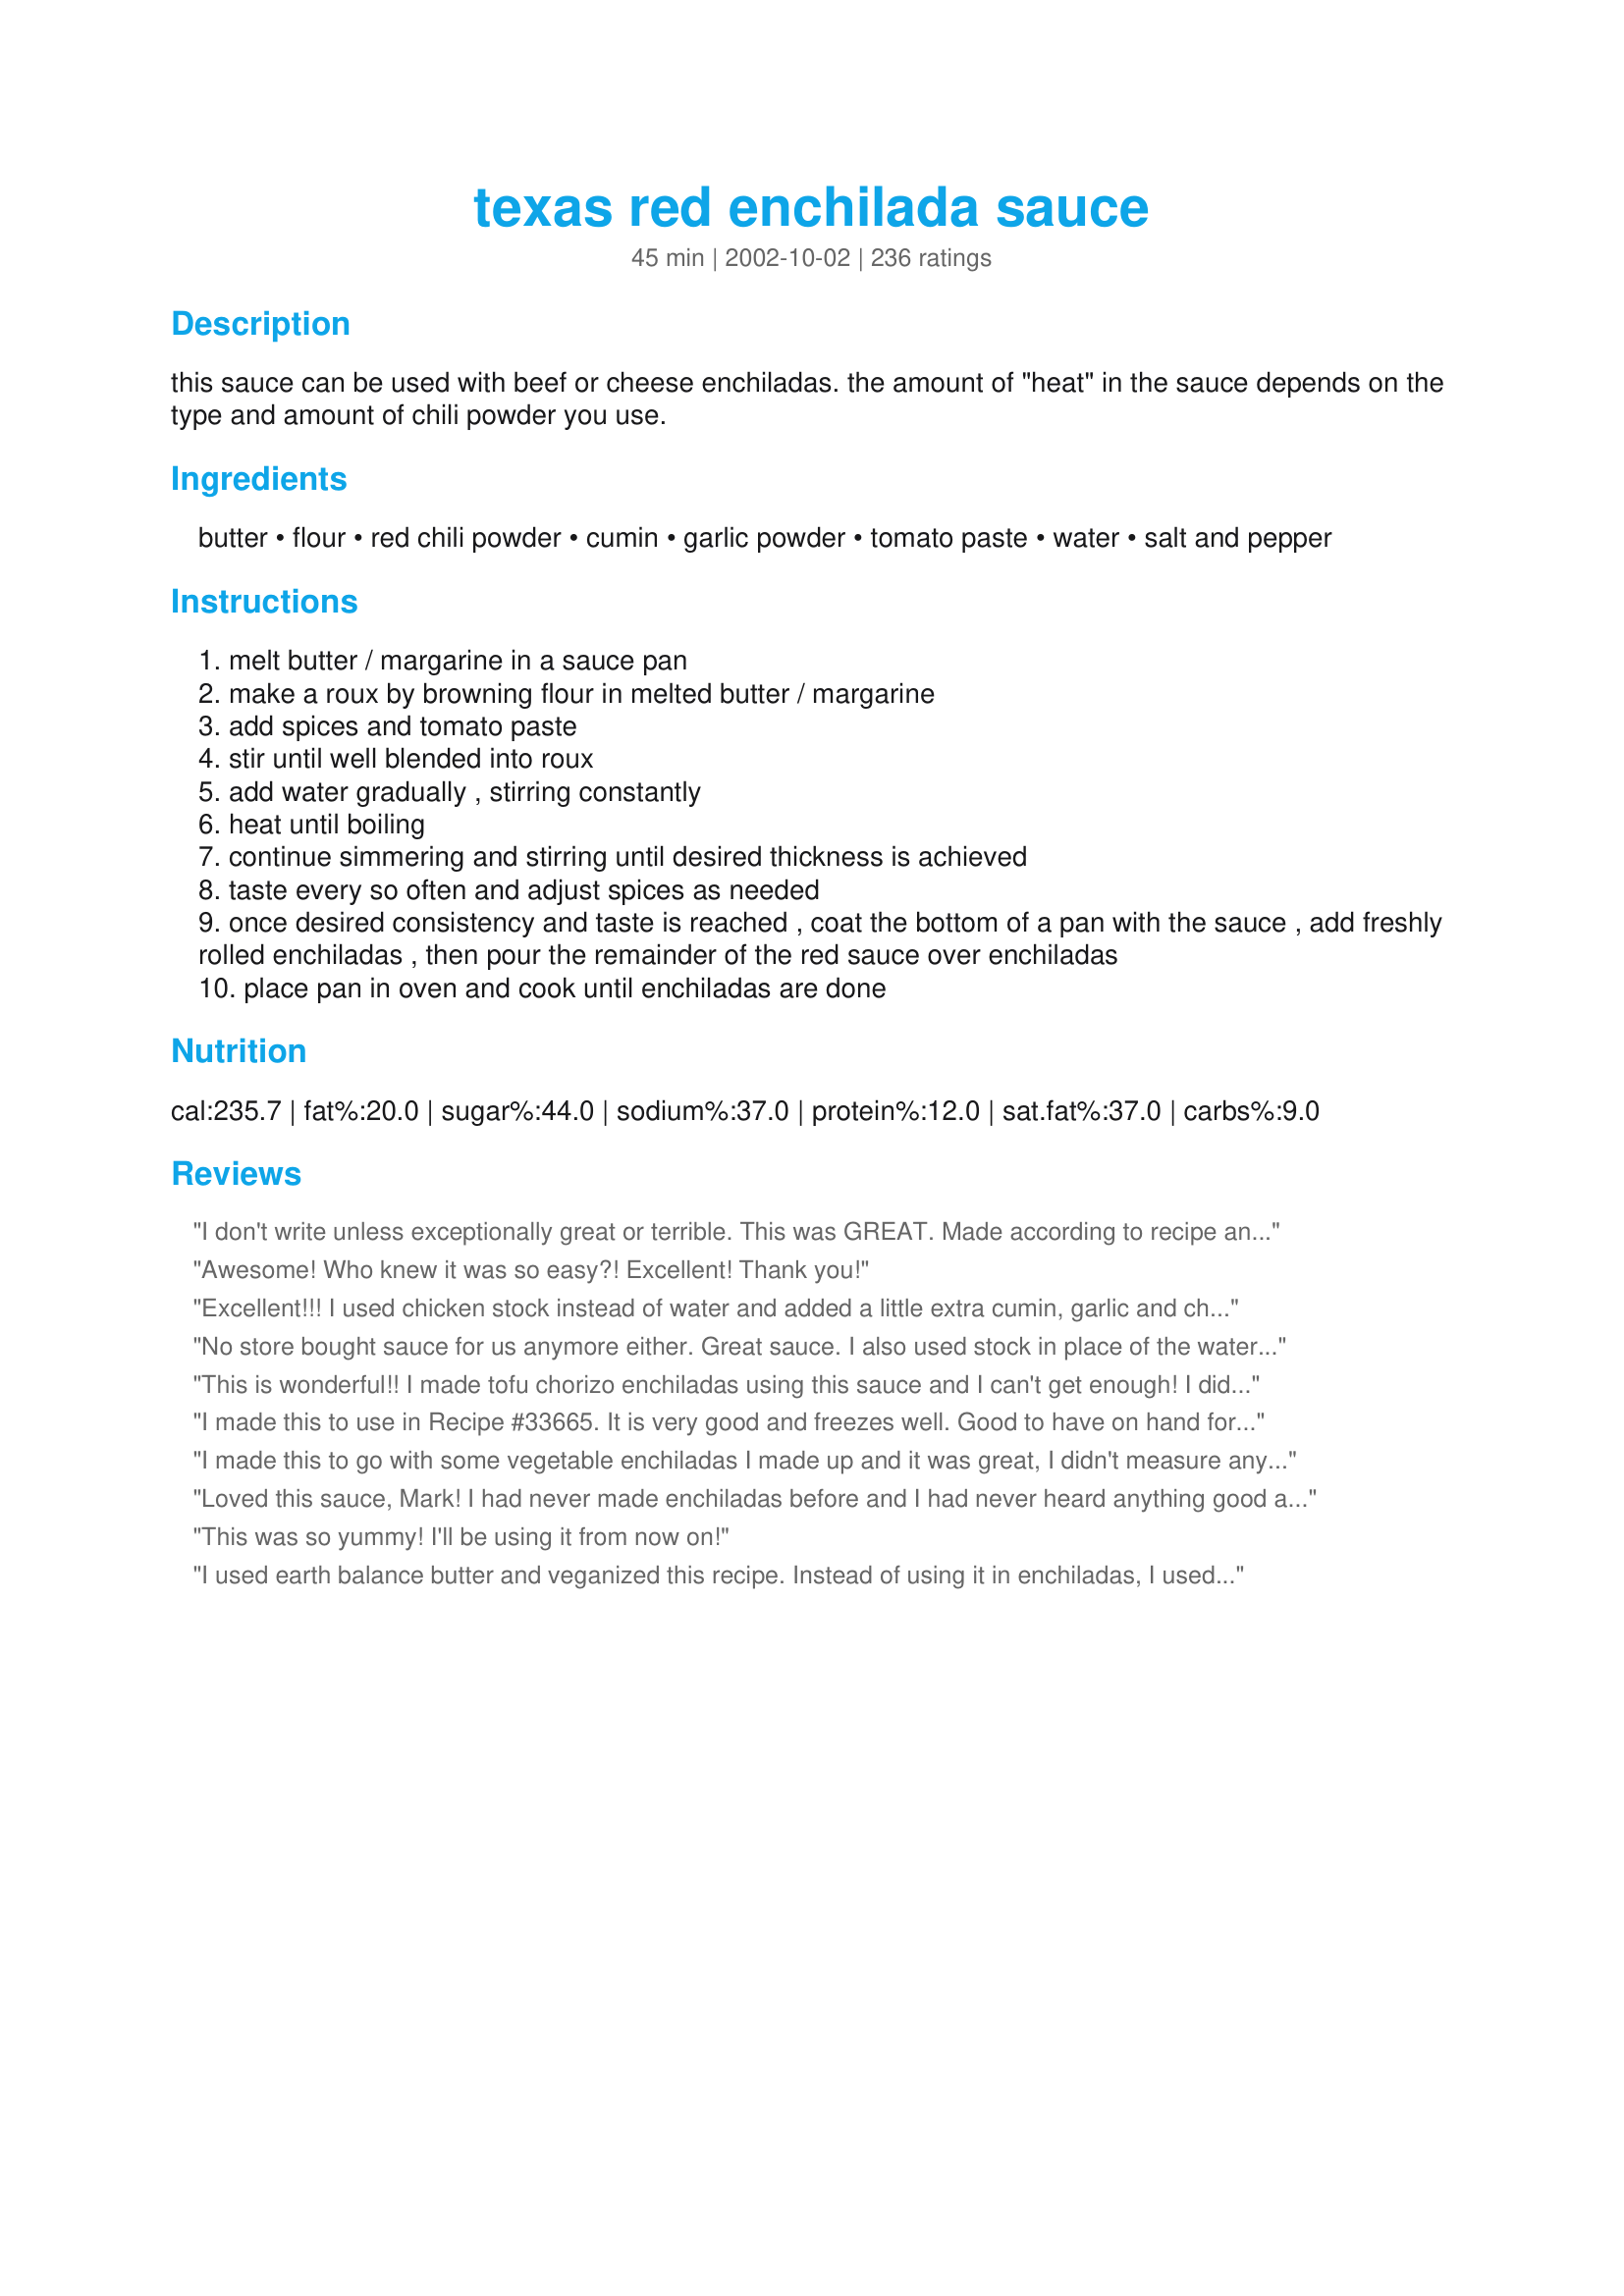
texas red enchilada sauce
Preparation time: 45 minutes

this sauce can be used with beef or cheese enchiladas. the amount of "heat" in the sauce depends on the type and amount of chili powder you use.

Ingredients:
butter, flour, red chili powder, cumin, garlic powder, tomato paste, water, salt and pepper

Steps:
melt butter / margarine in a sauce pan
make a roux by browning flour in melted butter / margarine
add spices and tomato paste
stir until well blended into roux
add water gradually , stirring constantly
heat until boiling
continue simmering and stirring until desired thickness is achieved
taste every so often and adjust spices as needed
once desired consistency and taste is reached , coat the bottom of a pan with the sauce , add freshly rolled enchiladas , then pour the remainder of the red sauce over enchiladas
place pan in oven and cook until enchiladas are done

Reviews:
I don't write unless exceptionally great or terrible. This was GREAT. Made according to recipe and wouldn't change a thing. 100 X better than the canned stuff!
Awesome! Who knew it was so easy?! Excellent! Thank you!
Excellent!!! I used chicken stock instead of water and added a little extra cumin, garlic and chili powder, and the result was astoundingly good!
No store bought sauce for us anymore either. Great sauce. I also used stock in place of the water. Thanks for sharing!
This is wonderful!! I made tofu chorizo enchiladas using this sauce and I can't get enough! I did add a little extra chili powder, cumin, and cayenne pepper for a bolder flavor:)
I made this to use in Recipe #33665. It is very good and freezes well. Good to have on hand for use in other recipes too.
I made this to go with some vegetable enchiladas I made up and it was great, I didn't measure any of the spices, and the end result was a mild sauce, which is what i was looking for, thanks!
Loved this sauce, Mark! I had never made enchiladas before and I had never heard anything good about store-bought sauces so I thought I would try your recipe. I did make a few changes though. I minced some onion and fresh garlic and sauteed that before making the roux and I cut back on the chili powder some as I am a dyed in the wool wimp (lol). My DH likes his stuff hot, but he enjoyed it just the way it was because the flavour is outstanding. Thanx again
This was so yummy! I'll be using it from now on!
I used earth balance butter and veganized this recipe. Instead of using it in enchiladas, I used this as a taco filling sauce with diced seitan. They were the best tacos I have ever made. I will never ever buy canned enchilada sauce again. This is so easy and so delicious. I did not add the entire 5 teaspoons of chili powder because I was making it for kids. The whole family loved this recipe. Thank you so much for a keeper!
Quick to make and easy to use. Very tasty. I made it exactly as the recipe states.
This was pretty good! Super easy too. Used it as a dip for chips too.
Wonderful! You can control the spices to your tasting. I will never buy sauce from the store again! Excellent recipe!
so good! so authentic! so simple to make!
we have kids, so i left out the chili powder, and we doctored up our individual plates as needed.
This was soooooooooo good...will definitely make this again and again. Used for turkey enchiladas and added cayenne pepper to up the heat.
Very nice sauce and easy too - loved the spiciness from the chili powder and the smokiness of the cumin. Due to a gluten intolerance, I used 1 tablespoon of cornstarch instead of the 2 tablespoons of flour. Thanks for posting this - will definitely use this again.
Excellent and Easy.
I was definately concerned about using 5 teaspoons of chili powder but I followed the recipe and I'm glad I did. Very tasty and just the right amount for my 9X13 dish of enchiladas. I may never buy enchilada sauce again. The next time I make it though I will add some cayenne pepper as we like a little more heat. Also I think steps 3 & 4 should be switched because when I added the spices and tomato paste to the browned flour it formed a big tomato paste ball. I believe it would be easier to stir in the water first to make a smooth roux then add in the spices and tomato paste. This is only a suggestion but one that would be useful especially to novice cook, be sure and have all your ingredients measured out and ready to put into the roux. You have to work quickly with this recipe once the flour has browned. Thanks for posting this wonderfully tasty recipe Mark.
Love this recipe, have made it lots of times now but forgot to review. Follow recipe exactly except to substitute chicken stock for the water and works out perfect every time. House smells great when this is cooking too. I'll never buy the bottled stuff again!
This was really good! I have a favorate store brand enchilada sauce but I wanted to try making it from scratch for once. I was pleasantly surprised and I will definately be using this again. :)
I added just a little bit of chipotle in adobo. Both dh & I enjoyed this very much. I will be making it again. Thank you very much for sharing!
Fortunately for me (and my family) my pantry did not yield the can of enchilada sauce I was sure I had. I found this recipe, pulled it together real quickly and it is soooo good. I had to substitute tomato sauce, because I didn't have any paste. I just added less water and it was great. Also added a few drops of Tabasco since we like everything pretty spicy. I'll never buy canned sauce again.
This is very good and simple to make.
Thanks Mr. H! This sauce was very good! Put over cheese enchiladas. I added a little cayenne pepper to the mix.
I was very easy to bring together, but the flavor is not what we expected. I don't want to put a star rating, as I don't want to mar an otherwise popular recipe, just because it is not our tastes (darn yankees!)
Super ! I made this for cheese enchiladas. I can't buy canned enchilada sauce in Belgium, I MUST make my own. The problem with the ones I've previously tried are that they taste too tomatoe-y; almost more like pasta sauce, but not this one. This is the real Texas-style I came to know and love during the 15 years I lived in Houston. THANK YOU for posting !!
Good stuff! I was lucky enough to find Texas Red Chile Powder at my local "speciality" shop up here in Yankee Land. Started out with 3 tsps. of the chile powder until I could determine what the heat level would be for my kid's delicate palate, but ended it up using all 5. I used it for cheese enchiladas w/ Muenster,diced chilies,and chopped green onion. Absolutely delicious and easy. I'll be using this often in the future. Thanks!
This was outstanding! What more can I say. Will be using this from now on. Thanks for posting.
I thought I rated this earlier-excellent stuff! Easy to make, packed with flavor! Thanks for Posting!!!
This sauce is amazing!!! I will NEVER go back to canned again. I did add a bit more salt, cumin & chili powder.
I have made this recipe twice already and it is wonderful. Thanks for changing my mind about enchiladas. I followed the recipes, besides adding about 1 tsp of chicken bullion and a little nutmag. 5 tsp of chili powder is perfect for my family, even my 2 yr old daughter is in love with it. Thank you so much for a great recipe that i will be using years to come.
Awesome and easy. I used only 3 tsp of chili powder (we like it mild), used seasoning salt in place of the regular salt, and added about 1/2 tsp of Oregano. LOVE it. I used this for Recipe #175749 and then used some of the leftover sauce as a dip for cheese quesadillas. It almost has a cheese taste. . .so rich and delicious! Thanks so much. . . this is going straight into my "favorites" folder!
This sauce was easy to make and really delicious! I used two teaspoons of cayenne pepper and also added the juice from two limes - added a wonderful tanginess and helped tone down the cumin which was a bit overpowering to me (might just be because I'm not a huge cumin fan)
This was so easy, and so good. I always run out of enchilada sauce when I used the canned kind. This recipe make more than enough to cover the bottom and the top of a 9X13" casserole. I had about a cup leftover. Thanks Mark!!
I absolutely love this recipe. I planned a whole meal around it. I didn't use a lot in my enchiladas, so we used the rest as a salsa at the table. This is a keeper.
This was a nice & easy Enchilada sauce to make. I followed the recipe except for subbing fresh garlic for garlic powder. Next time I may try to increase the heat a little or maybe add a few dried chilies to intensify the flavor. I ended up freezing most of the sauce for a future dinner which worked out great. I did add a little veg stock and some additional spices when I took it out of the freezer and it was delicious. Thanks for sharing your recipe Mark.
Great sauce! I've been using your recipe for quite some time now and decided it was time to write a review. I hated using the canned (Yuk) or packaged stuff from the store, never had any on hand when I needed it and had to run to the store just for the sauce, but now I make it as I need it. The combination of spices go great with each other, I wouldn't change a thing! When we have get-togethers, I usually bring the enchiladas and tamales. I make up a double batch of sauce and a package of brown gravy mix and add some gravy to some of the sauce to use on the tamales. Never any leftovers! My family and friends really enjoy it. And by the way, they also use your recipe! Thanks Mark!
This was a good tasting sauce and made a nice "casserol," but it tasted nothing like enchilada sauce. I reread the recipe when it was done thinking I must have missed something, but I made it exactly as directed. Again, good sauce... just not the right sauce.
This was very flavorful! I used chicken stock as someone suggested and didn't have any garlic powder so I used 3 garlic cloves and about 1/2 teaspoon of garlic salt. In the end it was a bit too mild for me so I threw in some Sriracha sauce. YUMMY!
Made this exactly as posted - very good. Tons of uses! Good for making beans burritos, huevos rancheros, etc. 

Thank you!
Just made this to top homemade tamales. I love the flavor and the ease in making it. Thank you!!
Mark, this is truly amazing enchilada sauce! Like so many others, I didn't realize how easy it is to make! Canned enchilada sauce is nowhere to be found around here, but frankly, even if I should happen to see some, I will make this recipe instead. ;) I let the roux get nice and golden brown before adding the other ingredients, and used chicken stock instead of water...let it all simmer for a good 30 minutes and used it on beef, bean and cheese enchiladas. We dolloped a big spoonful of your wholly (Holy, imo) guacamole over the top with a handful of chopped green onions and it was truly delicious. I love your recipes, Mark! Thanks for sharing this one! :)
This sauce was delicious!
So delicious. I put the sauce over this enchiladas recipe http://www.food.com/recipe/easy-enchiladas-beef-or-chicken-29884 and made a side dish of Mexican rice found here: http://www.food.com/recipe/mexican-rice-117892. My chili powder is very spicy so next time I will add less (even though I love spicy mine was WAY too much). Tasted a little powdery for some reason, probably my fault but great with the enchiladas. Thank you!
I made this with a slight change for our own personal tastes. I used 1 cup low sodium beef broth and reduced the water accordingly, and only used 3 teaspoons chili powder. So very easy and the enchiladas were to die for! Thanks for saving me tons of money as I'll never again buy enchilada sauce!
Added onion powder and a little Worcestershire sauce. Delicious and so easy! The flavors really developed as it cooked. I doubt I will ever buy canned again.
This was a very good sauce and I liked that I could control the heat/spiciness. My kids don't like much spice so I only used 2-3 tsp chili powder. Thanks for posting!
I agree with what Connie K. said. It was also not what I was expecting... it just didn't suit my familys taste. I think it was maybe more "Tex Mex" than what my family is used to.
LOVED this recipe!!!!!!! After reading the reviews, I used half water, half chicken stock. I used this to make Green Chile Stuffed Chicken Breasts (#29059).
Wow, this was good. I too needed to add cayenne pepper to have the right amount of spice, but it was delicious! I never cared for the canned stuff and this is so easy! I put mine over my enchiladas and poured half and half over to make "enchiladas suizas." My husband couldn't stop eating them!
Did I forget to review this? We loved this and I am so happy to not use a mix!!! Thanks for the great recipe!
WOW!! This is wonderful! The only substitution I made was...I didn't have any tomato paste but I did have crushed tomatoes which I drained. And it worked beautifully. Thank for posting this keeper!!!
Very good! Made as written and glad I did.
Seriously good sauce! I thought it would be a bit to spicy for my son but he loved it. I made two pans of enchiladas and this recipe was the perfect amount to cover the bottom of the pans and then the enchiladas. I will NEVER buy enchilada sauce ever again! Thanks so much Mark!
Another 5 star review for this great recipe. I made Recipe #21410 for supper tonight, and used this instead of the canned sauce that I normally buy. It tasted great in the casserole. I added 1/2 tsp. of oregano and a pinch of cayenne pepper to the sauce, but those are the only changes I made. This does require a great deal of salt, so don't be surprised if you put almost 3 teaspoons in before it tastes right. This recipe made way too much for my casserole, so next time I will only make 1/2 the recipe.
Really good. I used a 15 oz can of tomato sauce (no salt added) and water to equal the remainder of the liquid called for in the recipe (I didn't have 6 oz of tomato paste on hand). I also stirred a little beef base in to the finished sauce. This was really quick to put together and tasted so good. I used cooked ground beef (with a small amount of sauce &amp; shredded sharp cheddar stirred into it and topped it with the remaining sauce &amp; cheese. Served with corn, this time. Wish I had a little sour cream for garnish (with cilantro, lime some black beans and maybe a margarita...;) Anyway, really great recipe. Thanks for sharing!
I finally broke down and made this sauce to go with our enchiladas this past weekend. I did add a little more chili powder and pepper flakes and the results where spicy and fabulous. I am going to make it again this weekend to top burritos. We all really enjoyed this. Thanks Mark!
This sauce was way to bland for our taste. It has a good consistency but was lacking flavor.
Delicious sauce!! I make it in double batches (it freezes well). I also use broth instead of water.
Very good - we took your advice since we love spice and doubled all the spices. Much better than that canned stuff.
Thanks to this fantastically flavored and easy enchilada sauce, I have just made the best enchiladas EVER! It takes all of 5 minutes to get blended and you simmer as long as you like! Seriously...this is a MUST TRY RECIPE!!! The flavor difference is amazing from mixes or canned. The directions are easy to follow and the ingredients are not exotic...so whatcha waiting for? I took WAY too long to make this. Don't make the same mistake.
Made this a few weeks ago & am just getting around to reviewing it! This is such a tasty sauce, and very easy to throw together, using pantry staples, which I love...we smothered beef & cheese enchiladas in the sauce, and served them with mexican rice...YUM!!
This is easy to make, but tastes absolutely great. I also simmered mine for a long while -- probably an hour & a half -- while cooking other things, & added more water (about another 3/4 cup). I also added cayenne pepper b/c we like things hot & additional garlic. This made plenty for my 9x13 pan of beef & been enchiladas. I won't use canned sauce again. Thanks!
This was delicious.. I added some extra chili powder and added a bit of chicken stock for the water.. I also added some cayenne pepper to spice it up a bit more .. but excellent..
Everything an enchilada sauce should be. Since cumin and garlic powder and salt are constituent parts of chili powder, I skipped them and upped the chili powder a little bit. (We don't mind heat!)
What a great sauce this is. I needed some for a last minute meal decision and didn't have a can so I chose your recipe and am so glad I did. It had great flavor and thickened up nicely unlike some other sauces I have tried to make and failed miserably at....lol. DH said we should can this so we always have around. Thank you so much for sharing your recipe with us.
When I put this sauce together to make some enchiladas with leftover chicken, I thought maybe it was a mistake. Didn't taste all that good, but I went ahead with it anyway. I'm glad I did, soooo much better when cooked with the enchiladas. Really made a "leftovers" meal terrific! Thanks.
I used this for wet burritos. It was really easy to make and the flavor is very different from canned. I used only 4 tsp of chipotle chili powder and I subbed tomato sauce (what I had in the pantry) so I only used 1 1/4 cups water. It tasted like it was missing something, so I threw in a beef bouillon cube and that improved it. I this would be better made with broth rather than water. DH wasn't terribly fond of this, but DS and I thought it was tasty. Thanks.
This is great! I made it with clarified butter and used almost 3 cups of water so I could let it simmer/warm for a couple of hours, but I tried it as soon as it was done (before the extra water) and it was more flavorful than what you get from, say Taco Bell or something. It does need more salt than you would think, but I do tend to use more salt than most people. It took less than 10 minutes to make. We used it as a sauce for bean burritos, enchiladas and pintos and cheese. Can't wait to share this recipe with my sister.
I was in search of store bought enchilada sauce that does not have msg and all the scary ingredients in it and had no luck until I came across this recipe. I used ghee since we don&#039;t use butter in our kitchen. Added about 1/2 tsp smoked paprika and a pinch of red pepper flakes. Insanely delicious. No bitter flavor, perfect consistency and spiciness and, most importantly, no scary ingredients!! Everything is right in my pantry. Thank you bazzilions Mark! ^_^
Terrific and easy sauce! I will never buy canned enchilada sauce again! I made ground beef and cheese enchiladas and the sauce made them nearly perfect! Next time I will add onion sauteed in butter along with the beef, but this sauce would work well on chicken, beef, cheese, or cheese and onion enchilada. A must have for Mexican food lovers!
Excellent! I used the full amount of "standard" chili powder and it was great (my family is a bunch of wimps LOL). One of these days, I'll try it with the hot stuff! Either way, this is terrific sauce and very easy to make. :)
Wonderful! Make this once, and you'll never buy the swill in a can again. Very quick, made from ingredients on hand and no MSG. I made as directed, letting simmer until fairly thick. Made for some killer enchiladas. Thanks, Mark, for a great recipe!
Delicious and easy!!! I made beef and bean enchilada&#039;s and put this sauce on them, My husband LOVED them and told me I had to make them again. I did make a few changes...I didn&#039;t have tomato paste so I used tomato sauce and cut back on the liquid by about 1/2 cup. I also used chicken stock instead of water for added flavor. I highly recommend this enchilada sauce!!!
I have prepared this sauce several times. The first was as written, the second was with beef stock subbed for the water, and the third was with the additional liquid from recipe #59224 Chipotle Roast subbed for the water. All were great, but the third method was outstanding. This is such a simple method that produces an excellent enchilada sauce. We love it. Thanks.
It was quick and easy and thickened nicely. Used it on cheese and chicken enchiladas. i would make it a little spicier next time, and maybe ass some chopped jalapeno, etc. Thanks for the great post!
This was easy to make and much cheaper than the store bought sauce! I used this recipe for the Enchilada sauce in Chili Lasagne recipe#85366. Thanks for posting!
Mark, Thanks for such a fantastic sauce! I will never touch a canned enchilada sauce again (sigh). Made some beef enchilada's tonight and this was simply divine. I was cleaining fridge and (OMG) made a spinach casserole posted by "Bergy", and believe it or not...it worked ok with the enchilada's - gotta few weird looks but I'm used to it, very diff...but nobody complained. I'm in Houston, and to find an enchilada sauce that rivals local restaurant quality is amazing. Thank you for posting this...so simple and so superb!!! Crabzilla
good. i used everything called for except butter (used olive oil) and added some various chili powders (chipotle, ancho, and hot paprika). plus i used one cup of veggie stock (instead of water) to take care of the salt.
I'm obviously in the minority, however this sauce was very bland. I even doubled the spice measurements. This isn't a bad sauce, it's a good 'base', but to truly taste great it needs lots more spices. JMO.
This was awesome, no more buying the canned sauce anymore. It was so easy and with ingredients I always have on hand. I'm going to make a larger batch and keep it in the freezer. Thanks!
Make recipe exactly as you have listed except I doubled the recipe to get a double batch. Just tasted it and wow it is awesome. No more expensive store bought enchilada sauce for me. Thanks for the great recipe.
The sauce tastes bitter but I think it could be from bulk chili powder. To balance out the bitter flavor I added 1 tsp. cocoa powder, 1 tsp. sugar, 1 chicken bouillion cube, and replaced 1/3 of the water with chicken stock ( I only added a little water at a time to make sure it wasn't too runny but I ended up adding all the liquid, I just used chicken broth at the end.) I realized at the end that I used tomato sauce instead of tomato paste but I loved it so I wouldn't change it.
Outstanding! This came together beautifully and tasted amazing. I did use the salt ( I NEVER use salt ) in the recipe. This worked perfectly on my beef enchiladas, next I am going to use it to baste chicken on the grill. I am sure it will be just as wonderful. Thank you so much for sharing this delicious recipe!
This was so simply & easy to make! I don't know how it differs from store bought enchilada sauce, but we loved it with our Shredded Beef Enchilada Casserole. This will be put in my recipe box to be used again.
So much better than using store bought sauce. This worked really well for my enchiladas I made for Cinco De Mayo. I did add a little more water than suggested. It turned out perfect and made our meal really tasty. Thanks for posting.
Awesome, easy sauce!
Excellent! I made it as written, and it takes very little time and effort. We did not find this to be hot, and we thought it had a great flavor that enhanced rather than overpowered the bean & cheese burritos we paired it with. This is definitely a keeper. Thank you!
Best enchilada sauce EVER. It's the only one I use!
I have made several batches of this sauce and every time it is delicious! Goes great on tacos, burritos, enchiladas, etc. Love it!
This is a great recipe altho the tomato paste was overwhelming. I added more butter, garlic powder, onion powder, cayenne pepper, 1/2 lrg freshly squeezed lemon, traded out Wondra vs flour and chicken broth vs water. Having made these changes my enchilada sauce was near perfect. It was overall hit with the fam! Thanx for sharing
Oh, my goodness!!!! Why haven't I ever made enchilada sauce from scratch before? Well, I will from now on. This was a real winner, Mark. I used 2 tsp of minced garlic and added a little bit more of everything else. I also used chicken stock. I served this over ground beef enchiladas with black olives, cheese & green onions and then topped with a bit more cheese. We topped them with sour cream and salsa verde, served spanish rice on the side and drank ice cold Modelo Negro. Our Cinco De Mayo dinner was a huge success. Thanks for sharing another great recipe!!
This was the perfect enchilada sauce. I used this with Easy cheesy Ground Beef Enchiladas (#143690). The combination tasted like On The Border's enchiladas, so we were all impressed. Unfortunately, half my tortillas had molded, so we had just 5 or 6 left. The rest of the meat went into the sauce, which was a great taste! I did add quite a bit of salt because at first, it had no taste. With salt, it suddenly tasted like enchilada sauce. Brilliant! :) We will definitely keep this recipe and use it over and over. Canned sauce has nothing on yours!
I will never buy enchilada sauce again! This is quick, easy and very tasty. Much healthier than anything in a can. I cut the chili powder to 3 teaspoons because of personal preference. Comes out great every time.
Made this sauce to go with #39681 Anasazi(chicken) enchildas..This sauce had more chile powder flavor than my other sauce, I normally make but, was very good with these chicken enchildas..I will make this again..Both recipes were excellent..Thank U....
I'M NEVER USING STORE BOUGHT ENCHILADA SAUCE AGAIN! This sauce is far better than any I've ever bought. To fit our preference for spicy food, I added cayenne pepper and sea salt. I had unexpected company and it was great that I could make this with ingredients I always keep in stock.
So I made a couple of changes, I used chicken stock and didnt' add in salt and also added some sour cream at the end to give it a little extra. I liked it, but its just not quite "it" for me..... Don't be afraid of chili powder, most of it is mild and thats what gives it the right flavor.
Excellent, very easy to make enchilada sauce. I simmered mine over low heat for a very long time, until it was actually thicker than I wanted, but I wanted to give time to allow the flavors to blend. I then added water until the sauce totalled 3 cups and it was quite nice. I served this over chicken enchiladas. I will use this recipe often! Thanks for posting.
Everyone is right on target with the ratings for this tasty sauce. This is a great recipe. I was delighted with the taste and convenience of making this from scratch. I made a double recipe and froze 2/3 of it for future meals. Thanks for posting!
Fantastic! A thick, rich sauce, easy to make with ingredients I always have around and GREAT flavor. I added about 1/4 tsp of cayenne as we like things a little spicy. I used these on chicken enchiladas; we also dipped tortilla chips in the little bit that was left - yum! Thanks for posting this great recipe!
Mark, you have a recipe that resturants should use.. it is awesome, v e r y easy to prepare, I thought I had overlooked something I made it so quickly.. doubled the recipe for shredded beef enchiladas, can't wait to try on chicken enchiladas.. needless to say dh only wants this one from now on.. didn't change a thing, can't imrpove perfection. Nita
This sauce is so delicious!
My husband has always complained if I told him I wanted to make enchiladas (one of my fave foods) for dinner. I was going to use this to top chimichangas, but didn&#039;t have flour tortillas... So ENCHILADADAS IT WAS! I used venison from a deer he got in Alaska and made New Mexico (lazy) enchiladas and he said,
Wow, what a great sauce and so easy. So much better than the Enchilada Sauce purchased in the grocery store. Thank you for the wonderful recipe. I took the sauce and made cheese/onion and some chopped dell pickle enchilada. Sounds strange the dell pickle but it taste good. Then added some sour cream to the sauce that topped the enchilada’s, very yummy. I think I will try your sauce with my spaghetti recipe that I use Enchilada Sauce with too.
My first time making an enchilada sauce & this recipe was great. Very easy to put together as well as delicious - what more can you ask for? The only change I will make to it next time will be to use more water because I think it was slightly thick for my taste. Thanks for a great recipe :-)
Thank goodness - I will never have to use that yucky canned stuff again! Love, love this sauce - gives a wonderful flavor to anything you use it on - and so easy!
This stuff is great! I never need to buy enchilada sauce again! I did use chicken broth instead of water, but that was my only change.
Perfect!
Thank you so much for this recipe! I make it exactly as written, using whole wheat flour and New Mexico red chili powder that I buy online, and it's incredible. My favorite ever recipe from Zaar!
This was SO good! I used this on top of my burritos and it was great. My dinner guest tonight doesnt like her food too spicy so I didnt put as much chilli powder in as the recipe called for and I also had a cup of chicken stock on hand so I used that with the water..... other than that I made this recipe to the letter. I will definately use this again! Thank you so much!
Excellent recipe Mark. I used olive oil instead of butter but the rest of the recipe remains as stated.. Thank you...
Tastes great and so easy to make...with ingredients you probably already have in your pantry. Great reasons to never bother buying the canned stuff again! (I made this for Recipe #33665.) Thank you!
This is Great! 
Thank you for the recipe! 
Never will I buy can!
I was so tired of the canned enchilada sauce you find the market. There are always the same 2 major mexican brands, they are both the same, and extremely boring. This is the real deal and the best thing is you can very the end result by using different chili powders. You can get all different levels of heat. It's brilliant. This is a winner.
This is a delicious versatile sauce that I've used with enchiladas, wet burritos, huevos rancheros, and chilaquiles. Although the flavors vary slightly, it works great with tomato paste or tomatillos. My husband usually refuses enchiladas in restaurants because he doesn't care for the usual oily chili-powder gravy that passes for sauce, but he really liked this - especially with sweet potato-black bean burritos. Thanks for sharing!
Absolutely delicious! I encountered no probems scaling the recipe to 1 cup, used fresh garlic and the only chili powder they sell in our stores - but it was red. This was the perfect sauce for Laudee's Anasazi Enchiladas (recipe #39681). Thanx Mark!
Found a recipe I wanted to try, recipe #17586, that called for enchilada sauce so I decided to try this. So glad I did. I really enjoyed it on my enchiladas and will use it whenever I make them from now on. This sauce was so easy to put together and didn&#039;t take much time at all. The only thing I changed was to cut the recipe in half for a half recipe of enchiladas.
I followed the recipe exactly. YUMMY!!! I'm going to use this enchilada sauce everytime for my mexican pizza casserole. Thanks!
Made tonight to use with cheese enchiladas. This is a very tasty sauce. Our preference is green sauce but I do like red every once in a while. I'm sure I will make this again. Thanks!
Modified a wet burrito with your sauce based on another review and was so glad I did! Thank you! This is so much better than canned!
Great Recipe! I'm a wimp so I only used 3 teaspoons of the Chile Powder
This came in handy this morning, since I wanted a sauce to top my Double Corn Tortilla recipe. I didn't have regular chile powder, so I used 1 tsp. adobe powder and 3 tsps. taco seasoning (didn't want it too spicy). 

Roxygirl
This is very good! The flavor and consistency is much better than the stuff you buy in the store. I like the fact that it is made with ingredients I always have on hand, and the seasonings can be adjusted to suit my personal taste. This is the only enchilada sauce I will use from now on. Thank you so much for sharing this wonderful recipe...it is definitely a keeper!!
GREAT recipe for enchilida sauce. I made the sauce as stated, so easy to make and very tasty. I will never buy canned enchilida sauce again. Mark, thank you for posting the recipe.
This is a great recipe and saves me a ton of money. I love it!
This is the second time I have made this and my family really likes it. Taste much better than store bought and I know whats in it! I will never buy canned again. Thanks for a great recipe!
This is absolutely the best enchilada sauce. I used chicken stock and water, and as another reviewer said, "I could drink the stuff"!! Will never buy enchilada sauce again. Thanks!!Edit, sorry I meant to give this 5 stars
I used this with bean enchiladas. I thought it was very tasty and simple to make.
My sister was coming over for the x-mas weekend so we decided to have Mexican (our fav!!); in addition to our regular Mexican Rice, guacamole, quesadillas, I decided to make enchiladas and this recipe was a huge help. My hubby and sister both loved this sauce. I only tweeked the recipe a bit (what i had in the pantry). I added 2 garlic cloves, 2tsp cumin and used tomato sauce and therefore added less water. Thanks Mark H. for a delightful recipe.
Excellent,I did up the spices by about 25% and added 1/2 teaspoon of cayenne - but all in all just what you want in a rich enchilada sauce.
Cheap, quick and easy to make. I would never buy enchilada sauce after seeing how easy this is to make. I prefer this recipe to ones that use tomato sauce and not tomato paste. I thickened it at the end with special flour thickener we use in France instead of making the roux, but that is just a note to myself for next time. Nice recipe.
In Canada (at least where I live!) it is often difficult to find ingredients for Mexican cooking, so I turned to Recipezaar. This recipe is very easy to make with ingredients already in your cupboard. Very tasty.
Wonderful!! I'll never settle for the runny, canned stuff! Thank you. used with # 11827
My husband said it best. "This enchilada sauce is OUT of THIS WORLD!" What an amazing recipe - I will never use canned again. I didn't change much - simply added more chili powder. Thanks so much for posting this.
Tasty, simple and a keeper. Served over Southwest Black Bean and Corn Enchiladas. Thnx
This was very good. I used 3 tsp chopped garlic instead of the garlic powder. I will definitely use this again. Quite easy and definitely better tasting than anything from a can.
This was excellent!!! I ended up using more salt, but the quantities of the other spices were right on.&lt;br/&gt;&lt;br/&gt;Thanks!
I promised a comment after trying the recipe and it was great with my homemade tortillas. Very easy to make. I added a little vinegar and brown sugar. The 5 teaspoons of chili powder was plenty hot for my husband and I. Great recipe I will use again and again.
This sauce is so much better than canned! Used for recipe#224280 and it was a great addition.
I don't like enchilada sauce from the can, this recipe is delicious. Thanks!
Just joined Recipezaar, and this is the SECOND recipe I tried. (The first was Japanese Mum's Chicken) This is an exceptionally good enchilada sauce, and seems to make the enchiladas crispier. No more cans for me!
This is a fantastic sauce! It was super simple and quick to make. It really made the dish special!!
This was the best enchilada sauce that I have tasted yet. I will never buy another enchilada sauce mix again. The only change I made was to add some chicken bouillon granules to the water. Yummy! Thanks for the fantastic recipe. My new favorite! Try it!!
This sauce is so much better than any store bought brand! Simple to make and very tasty. I used it with wet burritos and now we're hooked. Never again will I have to use canned again. Thanks so much for sharing!!
My sister and I discovered this sauce on Christmas Day of 2006. I now use this at least once a week for my family. I usually double or triple the recipe and freeze my leftovers. Once thawed, it tastes as good as fresh! (although it does need a bit of additional water after thawing it back out)
The other day I made beef, black-beans and white-rice enchiladas, but didn't have a canned enchilada sauce in my pantry. This recipe came highly recommended by others who made beef enchiladas from this site. I'm so glad I tried this recipe. Not only was it easy to make, but there was plenty of sauce, and I liked how it tasted; especially since this was my first time making enchiladas. One thing I did change about the recipe, I didn't add any salt or pepper, as I already added it to the beef mixture in the enchiladas. I don't think I'll ever buy the canned sauce, as this recipe is definitely a keeper!
Simple. Tasty. Wonderful.
Very good recipe and the photos are great!
I used this recipe for jumping point. I started with salsa, because that's what I had. I then added all the seasonings and water. It cooked to a nice consistency and was great for a quick sauce. Thanks so much!
LOVE, LOVE, LOVE this recipe! &nbsp;So quick &amp; so easy! We had a small group of friends over to eat dinner &amp; did a Tex-Mex theme. &nbsp;We made twenty enchiladas &amp; we had to make this enchilada sauce three times in order to have the right amount to go with them. &nbsp;It&#039;s a great recipe because (1) I don&#039;t have to figure how many cans of enchilada sauce I need to buy from the store and (2) I never have to buy canned sauce from the store any more! Will need to make it spicier for our taste, though.
Good stuff. I added a pinch of cinnamon as suggested. My family loved it. Thanks!
Perfect
Well, You would think with all these good reviews I would be giving this 5 stars, also. But this did not work for us. It was just plain awful! It tasted like tomato paste and flour. I added more spices and even added onion powder, too. But nothing worked to make this edible. Sorry to say it all went down the drain. I had such high hopes for this.
Fantastic! I cooked the roux until is was a caramel colour, added a lot more cumin since I love cumin, and finally added 2 t. chicken base to the water. No more doctoring canned enchilada sauce. I will be making this in large batches and feezing it.
To heck with Old El Paso from a can! Delicious enchilada sauce.
This was simple & fast. I addad a few more spices at the end like onion powder & garlic salt.
Hi Mark:

Thanks for posting a wonderful recipe for your suace. After prepareing it exactly per your recipe and thereafter serving it, I can give you one of my ordinarily stingy 5 stars. Perfection.

You don't need any more validation, obviously, but you might enjoy some additional compliments!
Great recipe. I used chicken broth instead of water, and it turned out fantastic. I'll definitely be using this recipe again!
This was a great recipe. I subbed a tsp of smoky paprika for the chili powder which gave it a nice smoky flavor and I used beef broth instead of the water for added flavor. All in all it turned out great.
Thank you!!! I was looking for a quick and easy sauce. I will never use packet or store bought again!!
I made this sauce because I needed 1/2 cup for a bean recipe and I've never been a huge fan of canned sauces. This recipe was so easy and tasted wonderful. I had to make enchiladas and try it out. They were delicious and no leftovers. This is a keeper - Thanks!!
Absolutely loved this sauce. I spiced it up with some chipotle peppers in adobe sauce. Super easy and quick! Thanks for a great recipe.
Loved this sauce! So easy to make and the flavor was wonderful! Used canola oil instead of butter/margarine and follwed the rest of the recipe as written. You have saved me from buying canned sauce ever again! My family loved this sauce! This is the best! Thanks for posting!
This was really good. Just like other reviewers, I will be making mine from now on.
I made this tonight when I realized that I forgot to buy enchilada sauce - I will never buy it in a can again! This was easy AND delicious. I always have these ingrediants on hand and I can't believe I've been wasting my money on canned sauce when I could make this! Thanks for the recipe - I will be making this over and over.
WOW! Never buying the canned stuff again. I added more liquid and one more ts. of chili powder, and added a dash of cinnamon because my fav mexican rest. uses cinnamon and it taste great, just a pinch. i also boiled 5 dried chiles in the water just to give it that extra "chilada" taste and color. This ones going in the recipe book
This was really good but it took me a minute to figure out I needed to add salt to really enhance the flavors. I also added a small piece of dark chocolate to add a little more depth of flavor and cut the acid of the tomato a bit. Easy and yummy. Next time I'll double or triple the recipe so I can store some in the freezer for a quick meal. Thanks for the recipe :) UPDATE: I made this again tonight and used only 2 cups water and added 1/2 tsp cocoa powder. Perfect!
No need to buy enchilada sauce again-I love this recipe! I make extra and keep it in the freezer.
Well done. This is an awesome recipe, and I'm sure I will use it many times. I did everything as directed, except I used a 15oz can of chicken stock instead of the water. Thanks for the keeper!
This sauce was great! This is the flavor I have been looking for since I left Arizona. adc52
I followed this recipe to the letter and it was absolutely delicious and bursting with flavour!!
I won't be buying enchilada sauce again. This was definitely better, and easy too. I made it with Chipotle chile powder, which was a little on the hot side. I will try other chiles in the future, or cut the Cipotle with something milder.
Well at first taste I was thinking this was a one star recipe, ha ha, then I realized I hadn't added the salt and pepper yet! That was all that was missing. So when making this don't forget! I used 1 1/4 tsp of salt but i tend to like things a little saltier than others! This is a wonderful recipe! I used it to make wet burritos. I immediately made another batch so i could freeze it and have it ready for my enchiladas. Thanks!
Wow. This is the first "home made" Enchilada Sauce I've tried, no reason to buy canned ever again. It's quick & easy to make, the only thing I did differently was to add ground cayenne pepper (we like HOT, HOT) and mix chicken stock with the water. Excellent recipe, thank you.
Wow! This is easy, I have everything on hand and the whole family from 3 year old to my husband licked their plates!!! Thanks oh-so much for sharing this! It is a staple in our home!
i love this sauce; i always make extra on purpose. i use this with recipe #29884 (Easy Enchiladas), and it's phenomenal! out of the 5 teaspoons of red chili powder called for, i always make one of them cayenne. this adds a good deal of spice (especially if you're letting the sauce simmer for a while). this is really one of my favorite dishes - thanks mark!
DELICIOUS! This recipe is simple and easy to make, and it make taco night a little more interesting!
This was really good, actually the best enchilada sauce I've had. I admit I was hesitant because it was so easy to make. Thanks for the recipe Mark it's great finding a new recipe you can use often!!!
Well...I tried the recipe @ last and needless to say that my parents and husband were WANTING more! I would have to say that this recipe is better than any restaurant's sauce and it doesn't even give you heartburn!! (I have acid reflux..) So, I did add a couple of things because I did make a double batch to have enough sauce for the top & bottom layer. I added about 1 teaspoon of kosher salt...1/2 teaspoon of pepper...1/2 teaspoon of cornstarch (for a little thickness)..1/2 table spoon more of garlic powder & 1/2 teaspoon of cumin....so really i just added a little more of each thing...but remember...i made a double batch so if you're only making one batch, you dont need that much...Overall, the recipe was Fabulous and I made ground beef enchildas and they were delicious...I also popped the enchildadas in the over @ 350 degrees for 30 minutes ONLY!...great job to the recipe creator!!!
so easy! i was out of canned enchilada sauce and thought id give this a try- perfect!!! thanks mark!
I hadn't been able to find a good scratch enchilada sauce recipe before this. Good news is this is very simple, easy, and uses basic ingredients that I already have on hand. I made to use with my favorite enchiladas recipe, Easy Enchiladas #29884. Will make again.
Great spice level, next time I will add about 1 1/2 cups more water next time.
This is great! I use this recipe all of the time. Perfect enchilada sauce. I use chicken broth instead of water most of the time, but its fine with water too.
Add me to the list of fans of this recipe! I made this according to the recipe and added 1 tsp of adobo seasoning. It was delicious on my chicken, rice & black bean enchiladas. I too will never buy enchilada sauce again - this is too easy. I love that the sauce is thicker than the canned stuff too. Great recipe Mark! Thanks for sharing! Edited 4/6/07 to add: True to my word, I've never again purchased enchilada sauce. I've tweaked this recipe a bit in the many times I've made it, and I could practically drink the stuff it's so good! I add in 1 tsp of adobo powder, cut back the chili powder to about 3 tsp, and use a 14 oz can of chicken stock and about 1/2 cup water. It is SO flavorful and tastes even better than restaurant sauce, IMO. We just love this stuff!
I didn't know I could make my own enchilada sauce! This was much easier than I expected. The full recipe made more than I needed for my 9x9 pan of enchiladas, but I'm happy to find something else to do with the extras. Note that this does thicken up further as it cools, so don't cook too long if you won't use it right away.
This sauce was so much better than the canned stuff you get in the supermarket! I made a couple of different sauces to try and this was one of our favorites! Thanks!
I KNEW this had 101 great reviews for a reason, and I was sure right. I made this exactly as listed and it is so easy to make and REALLY delicious. I think the only thing I would do differently next time is to double the recipe and freeze a batch for quick after work use. Thanks for the GREAT recipe Mark!!
This is a classic Texas-style enchilada sauce like I remember having in Houston. You can tell it is Tex-Mex style by the flour; only the very northern states of Mexico really use wheat flour, or so I'm told. This is a thick sauce, even if you don't simmer it down that much. If what you want is a thick, Texas-style sauce, go for this recipe. I used it to make spinach-cheese enchiladas and made my 14 year old brother's day.
This was very good and super easy to make. I'm not a fan of the canned enchilada sauce, so I'm happy to have found a replacement.
Definitely A+! Great recipe. I have made this sauce a quite a few times. Once I didn't have any tomato paste so I used a can of diced tomatoes and pureed them first. It still came out very tasty. This recipe is a keeper. Thanks for posting!
Excellent! And SO easy to make. I'll never buy the canned or packet again. Thanks for the great recipe!
Our favorite enchilada sauce! Sometimes we add cayenne pepper to spice it up even more since DH loves spicy food. This one is definitely a keeper!
For some reason my sauce tasted like tomato paste and water. I added a lot of spices and salt and pepper so i don't understand this. I will try it again maybe adding more garlic and some onion. thank you for sharing
Great recipe! When I tasted it in the pan, I didn't like it much and would have given it 4 stars, but on the enchiladas it was perfect! I did add another tsp of chili powder and a half tsp of sugar. I think it would be even better with chicken stock instead of water, so I'll try that next time. Thanks for my new go-to recipe!
This is my favorite enchilada sauce. When I tasted it from the pot, I wasn&#039;t so sure about it, but after it baked in the oven with the enchiladas, it was awesome.
Great to make ahead and have on hand! Made it for a few tamales once and refrigerated the left-overs. A few weeks later I decided to make chicken enchiladas and it was quick, easy and delicious! I did think mine was a little too thick for my tastes, maybe I didn't cook the roux long enough, so I added a small can of tomato sauce and cooked it down to the consistency I wanted. Very tasty!
This was a wonderful sauce! I used it over chicken enchiladas for a supper with my best friend and her family, and her husband licked every bit of sauce up from the plate. They couldn't say enough about it! No more canned sauce for me. I did add a few shakes of hot sauce because it seemed a bit sweet, but that was just for our taste.
We have enchiladas about once a month, I made the mistake of making this sauce once as I had extra time. I then used a canned version the following month and my hubby "spit it out" and said What is this? I told him enchilada sauce, Why...He said it's crap. Where is the stuff you made last time? <br/><br/>He will eat no other enchilada sauce EVER!! So now, I keep all the ingredients for this wonderful sauce on hand as he also like it as a "dip" for chips. He just can't get enough of this wonderful sauce. BUT, that means I have to make it and when I'm short on time and It's a hassle. But...he loves it and I love him so I will make it for him. Fresh every time...I may try to can it if I ever get the time. Serioulsly, we all love this sauce and I usually make it and keep it in the freezer and thaw in the fridge the day we need it. Thanks for a great recipe.
I have been using this recipe for a few months now - it's great! Much better than any premade sauce you can buy. I follow the recipe exactly, using regular supermarket chili powder. I also add quite a bit of salt. Highly recommended - thanks!
I usually use the canned enchilada sauce but didn't have any one evening. I used this recipe instead & I don't think that we will be going back to the canned stuff. This is a great recipe, thanks for sharing!
I made this last night and I can't believe how wonderful it is. I could eat it with a spoon like soup! The only thing I did differently was to use low sodium beef broth in place of some of the water as I had a can of it in the fridge I had opened that morning and needed to use it up. This was so easy and quick, I will never buy canned sauce again!! My enchilada casserole turned out delicious. I can't wait to use this sauce on many more recipes. I'd give it more stars if I could!
This sauce was very good. I used it on some quick burritos and the family loved it. Thanks for a great recipe I can make anytime I need it.
This was very good and I could only wish there was just a tad more sauce. I did however add some oregano to the mixture but that was all I could see it needed. My dh loved it and I am sending it off to my sis as we speak. Thank you so much for sharing this recipe.
This was very easy and cheap to make. Enchilada sauce from the grocery store is overpriced.
This is excellent. For some reason, I had no tomato paste in my cupboards, so I used a can of condensed tomato soup and only used 2 cups of water. I also added extra chili powder as well as a bit more cumin. This recipe doubles easily, and everyone who ate it couldn't stop talking about how good the enchilada sauce was!
This is a good, simple recipe. However, I halved the amount of chilli powder and this was sufficient for our tastes!! The sauce is a doddle to make, and instead of tomato paste, I used tomato passata. I also added some cream at the end and this gave it a lovely creamy texture. If I was making it again, I would sweat off some chopped onion and add this at the end, plus, I would make the roux out of all the dry ingredients for simplicity. No more bottled enchilada sauces from now on!! This took me less than five minutes to make. There was plenty of sauce to put at the bottom of the dish, and then completely cover the enchiladas once assembled. I put some cheese on the top before I placed them in the oven and it virtually disappeared into the sauce, so next time I will leave putting cheese on top until I serve it. My hubby was well impressed and won&#039;t stop talking about it!!
This was really easie to make and absolutely delicious. This was the first time I made enchiladas and this sauce was excellent!
This is fantastic! I was making chicken enchiladas tonight and realized I forgot to buy the enchilada sauce so I hopped on the computer to see what I could find and decided to try this recipe. Perfect! It was fast and easy to put together and so delicious! Everyone loved it, including my extremely picky 11 year old niece. I will never buy store-bought again with this recipe added to my collection. Thanks so much for sharing!
Finally I see someone who knows what a red chili sauce for enchiladas is supposed to be like. (that is original to South Texas and Mexico. I I love it/ T
I liked it, I felt like a real Mamita standing over my stove. It came out well and it was easy but it did not have nearly enough kick for me. I had to add ALOT of salt and pepper. I also added crushed pepper. I'll probably increase the chili powder next time.
This sauce is excellent! My family raved about it. Thanks for the great recipe.
Fantastic sauce! No more canned stuffed me.
WOW!!! This is the best. I have never been able to make homemade enchiladas that taste like the Mexican restaurants. I made this last night for my family and they said they will never have enchiladas at the Mexican Restaurants again. Thanks for sharing.
Excellent! Added a pinch of cayenne pepper, but otherwise didn't change a thing. Paired this with Easy Enchiladas (beef or chicken) recipe #29884:) Yummy!
Wonderful stuff! I've always hated canned enchilada sauce as it tasted nasty to me. But this is fabulous. I can be sure there is no MSG to make my arthritis flair up. I also add extra stock or water so I can simmer it down, and make in large batches to freeze OMC. It freezes well, and actually improves upon sitting.
I halved this recipe to pour over cheese and bean enchiladas that I made for OAMC. It is a silky and rich sauce. Smells great and easy to make. A perfect way to use up remaining tomato paste leftover from another recipe!
This was easy & turned out OK, little to much of somethng. But it was good. Thanks for posting! :)
Mark, I used your recipe as the base for something posted by Wildflour called "Colorado Sauce". It consists of 3 cups enchilada sauce mixed with 1 cup of prepared brown gravy mix. I totally forgot to taste your red sauce before adding the gravy, but the end result was just outstanding! Best enchiladas I ever made by a long shot. Thanks so much for sharing!
Very good. I added some Bufalo Chipotle Mexican Hot Sauce to give it some kick and it did need rather a lot of salt but truly the first sauce of this kind we have liked. Thanks very much.
Wonderful! I made this to use in another recipe "Enchilada Cassarole" and it was great! Very easy to make.
This was really yummy. Nice flavor, and good heat. Thanks for posting!
We loved this dearly. I must say that I didn't measure all the ingredients, but had a really good time dumping in the various powders (cumin, chili, salt, and garlic.) It is an excellent enchilada sauce. I served this on my own bean/cheese enchiladas that I made up on the fly, and also served homemade guac, pico de gallo, refried beans and your Sinus Aid Hot Sauce (#8806) on the side. Thanks for posting!
Tasty! Good consistency. My family in from Minnesota (where, it is joked somewhat seriously, ketchup may be too spicy!) so we only went with one teaspoon of chili powder. Just enough for flavor, but no real heat. I put in some pulled roasted pork shoulder, refried beans, and shredded Colby-jack cheese. Rolled in corn tortillas and baked in this sauce and covered with more cheese. Family loved it. Keeper.
Great enchilada sauce, Mark! It's easy, quick, uses ingredients right out of my pantry and best of all it tastes wonderful! Thanks for sharing!
I made this sauce last night and the only thing I did differently was use beef broth as I was making beef enchiladas. My husband raved that it was the best beef enchiladas he ever ate. I will NEVER (DV) buy store bought enchilada sauce again.
This was a wonderful sauce, and it made a perfect amount for my 9X13 pan of enchiladas.
This is good sauce. It was easy to make and there is no need to buy prepared sauce.

I got 2 1/2 cups.
The perfect enchilada sauce!!! I normally buy the canned Old El Paso Enchilada Sauce, but not anymore! This was so easy to make and had a wonderful flavor! I followed the recipe exactly and wouldn't change a thing! This recipe will be used often in my house! Thanks Mark!
AWESOME, AWESOME, awesome! I couldn't keep myself from "tasting" the recipe as it simmered. I never tried a can enchilada mix, and after making this, I never will. My 2 year old kept saying, "Spicy, yummm" as he'd lick his lips.
Delicious!
I didn't have red chili powder, so I soaked a bunch of whole dried chilies de arbol in the 2 1/4 cups of water (for about a day), and then I blended them and followed the rest of the recipe.
It was very spicy with a delicious smokey flavor.
I used it over recipe#175749
Thanks Mark, it was fantastic.
I am very pleased with this recipe. It's simple and easy and tastes good! I used half the chili pepper since I have little ones and didn't want to take my chances at it being too spicey for them. It was just right.
The only thing I did different was use half the paste it was to much tomato....other than that it was very good for the 1st time I made my own sauce......my family loved it!!!
I used 5 tsp of chipotle powder and one can of chicken broth and thought it was pretty good. It was very easy to make and had a much better flavor than the canned stuff. I used it with Easiest Beef Enchiladas Ever (http://www.recipezaar.com/17586).
This sauce was quick, versatile and delicious!!!
Now that I know enchilada sauce is this easy to make I'm never going to buy it pre-made again! Very tasty... would work as a great base for chili, too.
This makes quite a lot of sauce and is slightly different than what I usually use but I really did like it!
This is the only way to make enchilada sauce!!! I add the chili powder (1/4 c) to the flour and toast before making the roux. I also substitute broth for the water.
